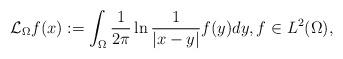
LaTeX: \begin{align*}\mathcal{L}_{\Omega}f(x):= \int_{\Omega}\frac{1}{2\pi}\ln\frac{1}{|x-y|}f(y)dy,f\in L^{2}(\Omega),\end{align*}